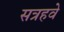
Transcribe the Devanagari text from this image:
सत्रहवे